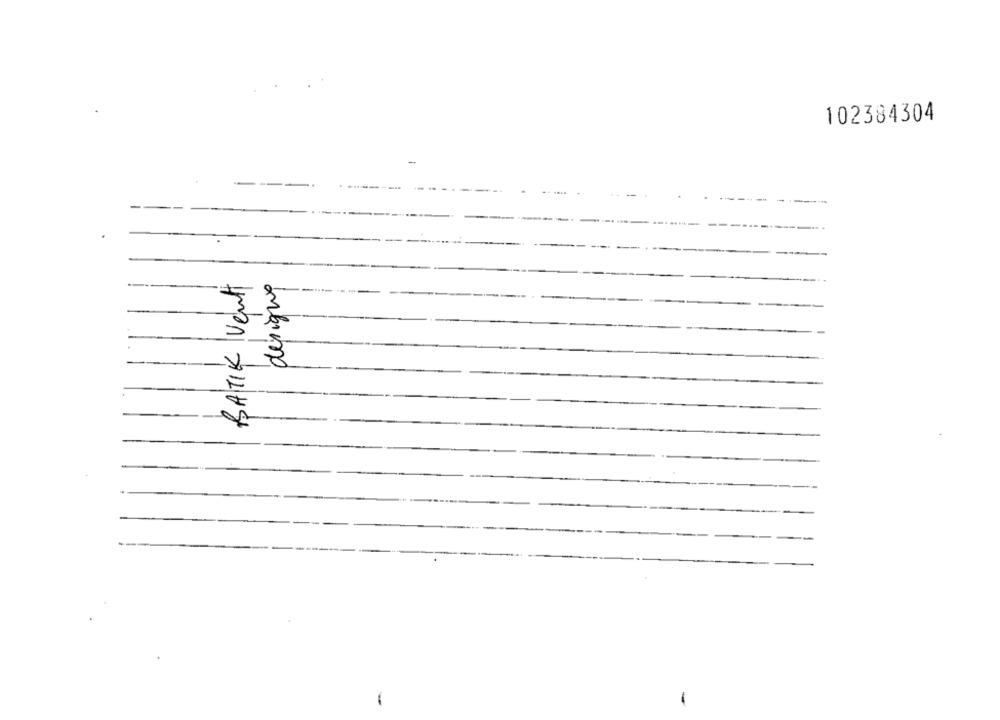
102384304
-
BATIK Vent
designe